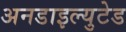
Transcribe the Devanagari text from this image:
अनडाइल्युटेड